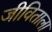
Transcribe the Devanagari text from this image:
जीविताला